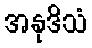
အနုဒိသံ